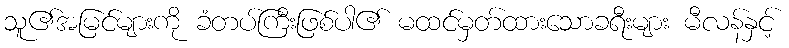
သူ၏အမြင်များကို ခံတပ်ကြီးဖြစ်ပါ၏ မထင်မှတ်ထားသောခရီးများ မီလန်နှင့်